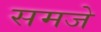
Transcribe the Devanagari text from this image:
समजे